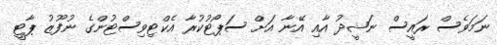
ނަމަވެސް ރައީސް ނަޝީދު އާއި އޭނާ އަށް ސަޕޯޓުކުރާ އެކްޓިވިސްޓުންގެ ނުފޫޒު ޕާޓީ